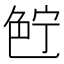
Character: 𰰗